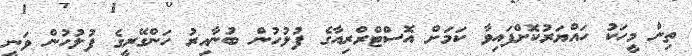
ތިން މީހަކު ހައްޔަރުކޮށްފަައިވާ ކަމަށް އޮސްޓްރްރިއާގެ ފުލުހުން ބުނާއިރު ހަންގޭރީގެ ފުލުހުން ވަނީ